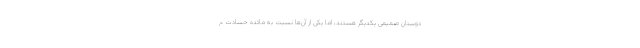
دوستان صمیمی یکدیگر هستند، اما یکی از آن‌ها نسبت به مائده حسادت م